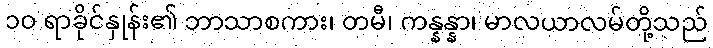
၁၀ ရာခိုင်နှုန်း၏ ဘာသာစကား၊ တမီ၊ ကန္နန္နာ၊ မာလယာလမ်တို့သည်